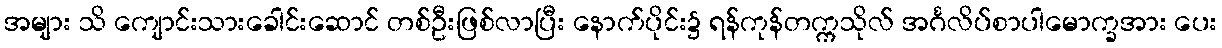
အများ သိ ကျောင်းသားခေါင်းဆောင် တစ်ဦးဖြစ်လာပြီး နောက်ပိုင်း၌ ရန်ကုန်တက္ကသိုလ် အင်္ဂလိပ်စာပါမောက္ခအား ပေး